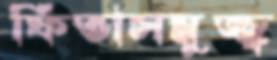
ফিতাসমুজ্জ্ব